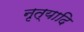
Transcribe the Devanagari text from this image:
नृत्यादि